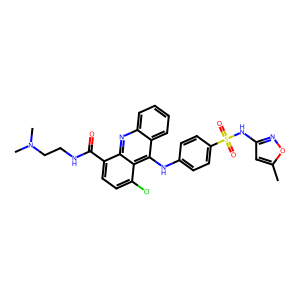
SMILES: Cc1cc(NS(=O)(=O)c2ccc(Nc3c4ccccc4nc4c(C(=O)NCCN(C)C)ccc(Cl)c34)cc2)no1
Inhibits HIV replication: No